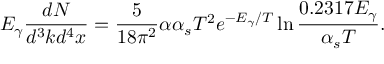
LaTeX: E _ { \gamma } \frac { d N } { d ^ { 3 } k d ^ { 4 } x } = \frac { 5 } { 1 8 \pi ^ { 2 } } \alpha \alpha _ { s } T ^ { 2 } e ^ { - E _ { \gamma } / T } \ln \frac { 0 . 2 3 1 7 E _ { \gamma } } { \alpha _ { s } T } .